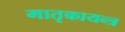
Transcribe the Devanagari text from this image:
मातृकायन्त्र